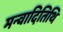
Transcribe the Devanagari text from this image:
मन्वादितिथि